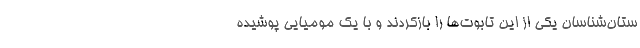
ستان‌شناسان یکی از این تابوت‌ها را بازکردند و با یک مومیایی پوشیده